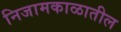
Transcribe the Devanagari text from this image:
निजामकाळातील